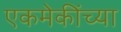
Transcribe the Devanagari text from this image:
एकमेकींच्या